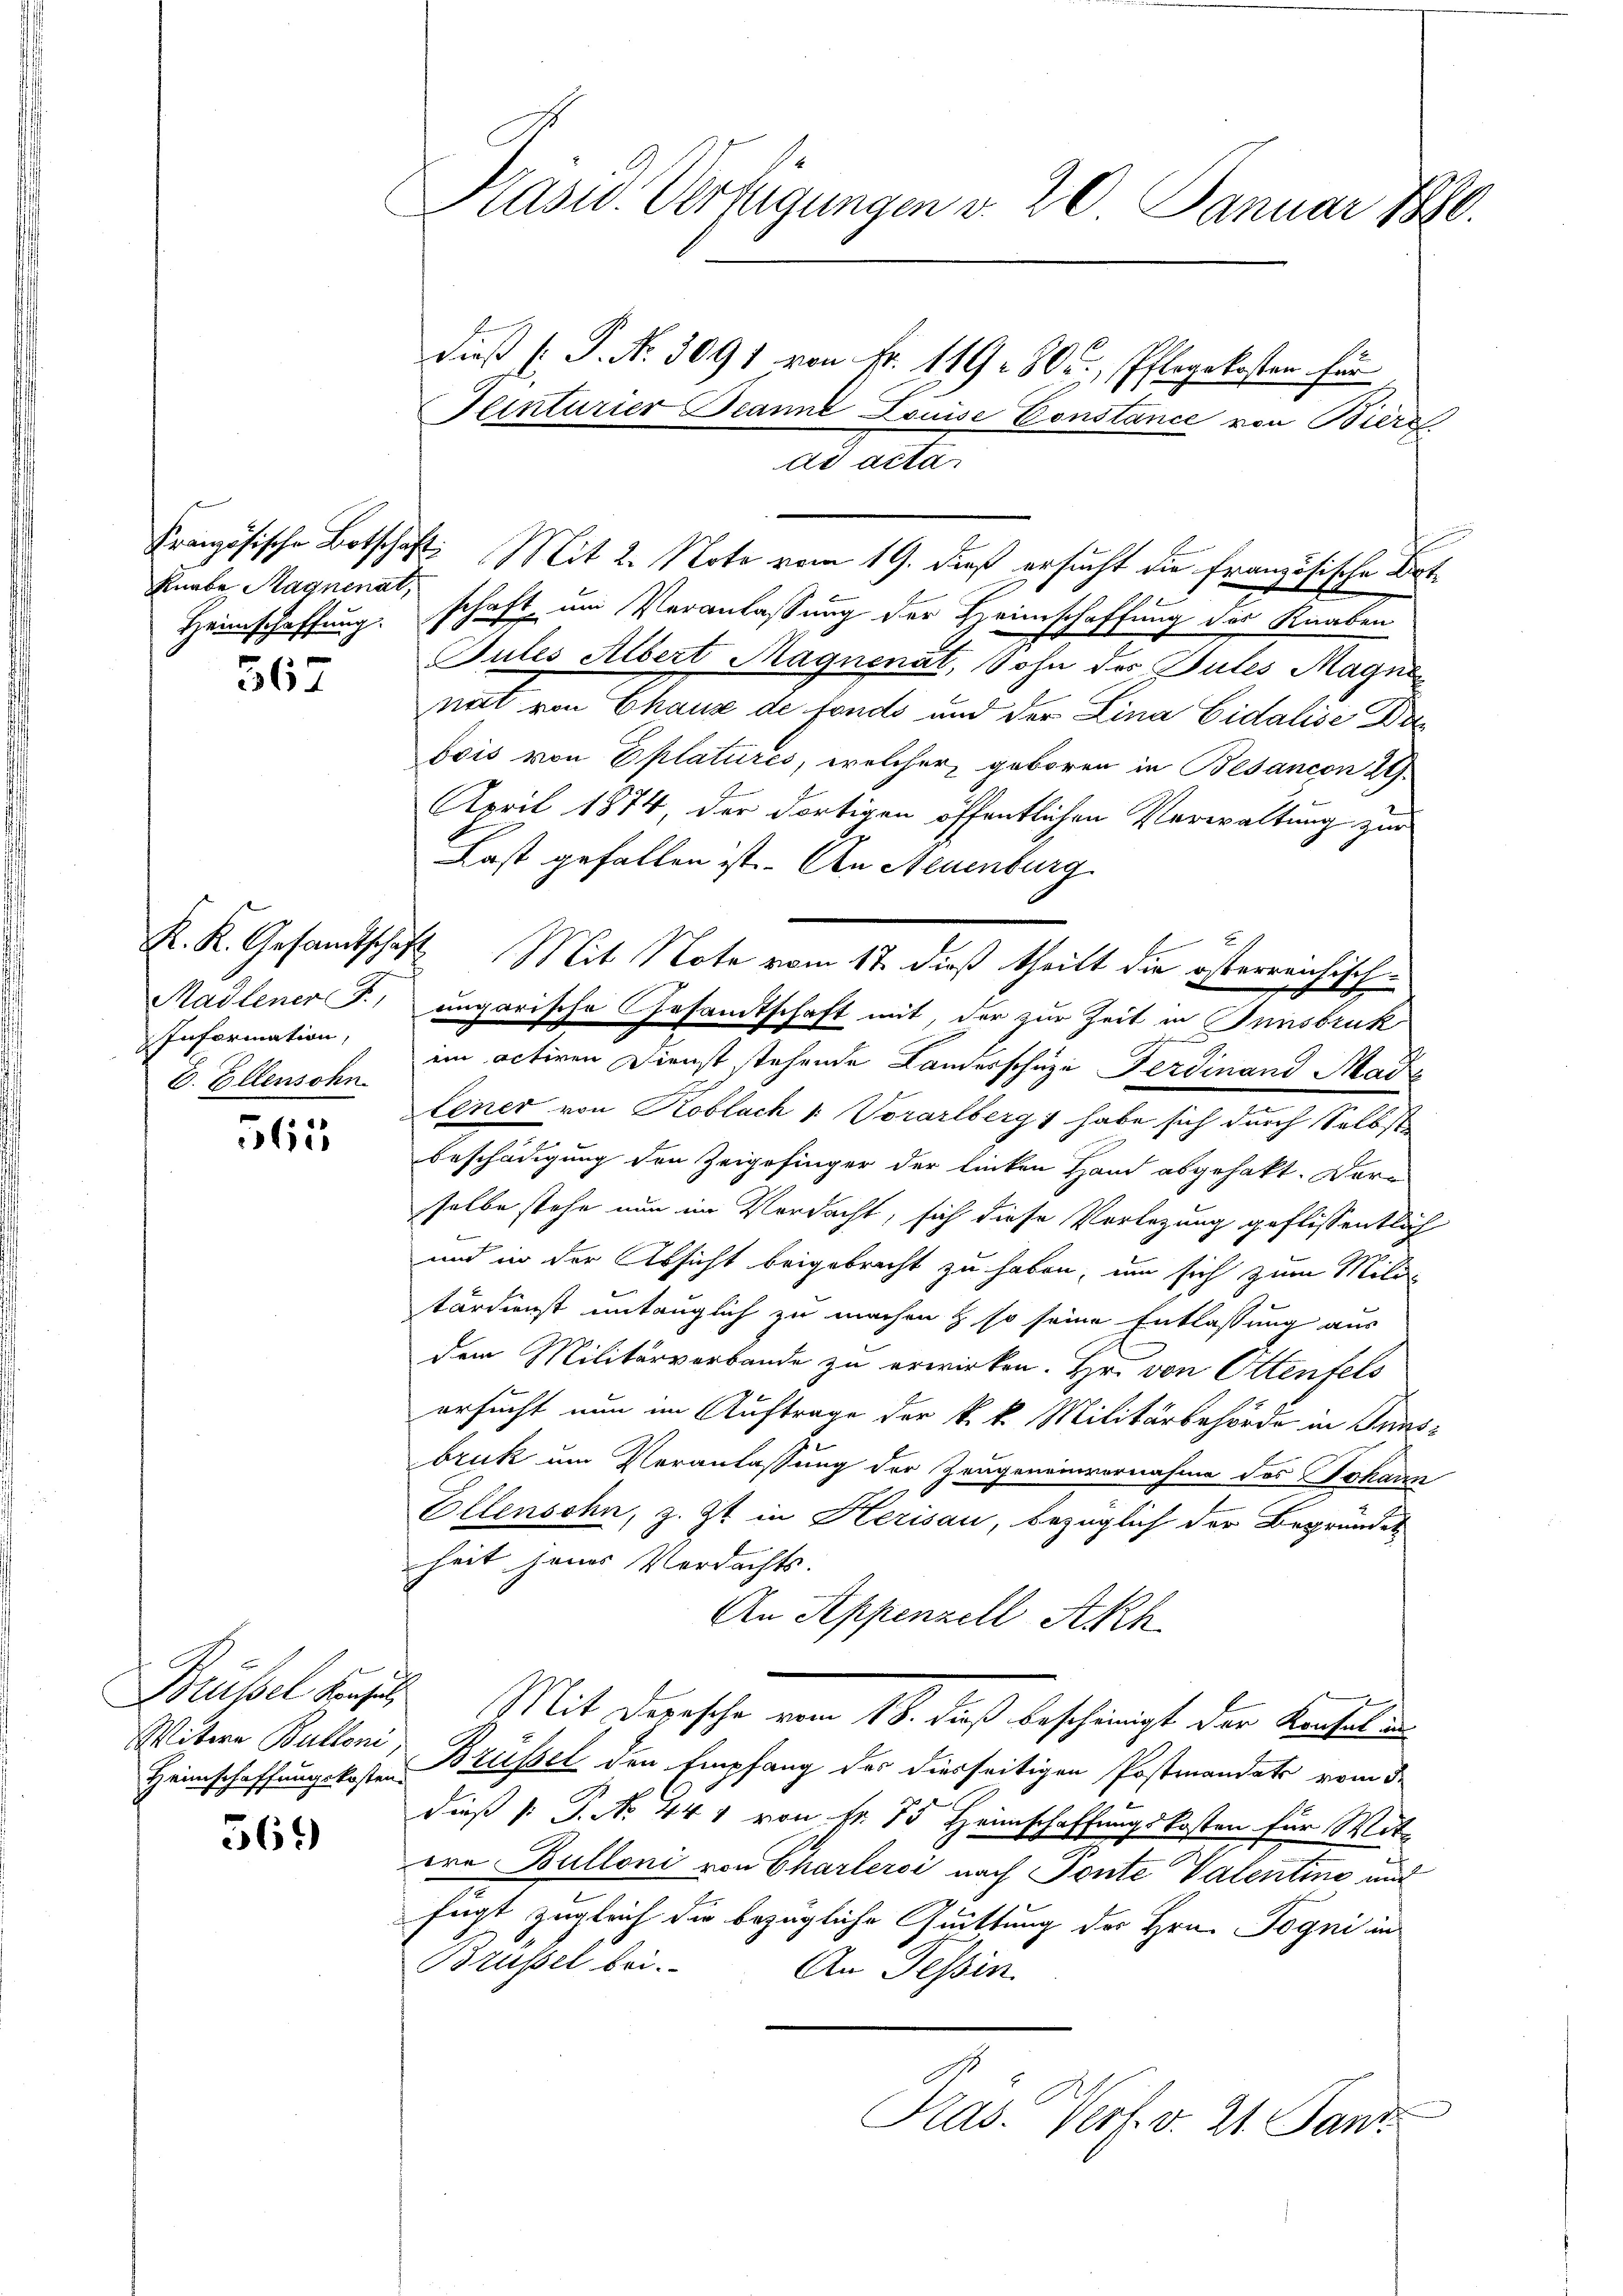
Knabe Hagnenat,
Heimschaffung. Ich

367

Madlener F.,
Information,
D. Ellensohn

561

Brüssel konsul
Witwe Bulloni
Heimschaffungskosten.

569)

Präsid. Verfügungen d. 20. Januar 1880.
dieß Hr. P. Nr. 3091 von Fr. 119 - 800., Pflegekosten für
enturier Jeanne Louise Constance von Bierz

Französische Botschaft. Mit 2. Note vom 19. dieß ersucht die französische Bothaft, um Veranlassung der Heimschaffung des Knaben
Jules Albert Magnenat, Sohn der Pules Magni
nat von Chaus de fonds und der Lina Eidalise Dr
bois von Eplatures, welcher geboren in Besancon 29.
April 1874, der dortigen öffentlichen Verwaltung zur
Last gefallen ist. An Neuenburg
21
K. K. Gesamtschaft Mit Note vom 17. dieß theilt die österreichischungarische Gesandtschaft mit der zur Zeit in Innsbruk
.
im activen Dienst stehende Landerschuze Ferdinand Made
lener von Koblach /: Vorarlberg & habe sich durch Selbstbeschädigung den Zeigefinger der linken Hand abgehabt. Dar-
selbe stehe nun im Verdacht, sich diese Verlegung geflissentlich
und in der Absicht beigebracht zu haben, um sich zum Militärdienst untauglich zu machen & so seine Entlassung aus
dem Militärverbande zu erwirken. Hr. von Ottenfels
ersucht nun im Auftrage der k. k. Militärbehörde in Innsbruk um Veranlassung der Zeugeneinvernahme des Johann
Ellensohn, z. Zt. in Herisau, bezüglich der Begründet
heit jenes Verdachts-
An Appenzell Akk
Mit dersche vom 18. daß beschinigt der Anfeld
Brüssel den Empfang der diesseitigen Postmandats vom 3.
daß 1: P. No. 441 von Nr. 15 Heimschaffungskosten für Mitere Bulloni von Charlers nach Ponte Valentine und
fügt zugleich die bezügliche Quittung der Hrn. Togni in
Brüssel bei.
An Tessin.
Pras. Verf. v. 21. Janz

ad acta